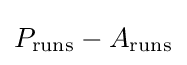
P_{\text{runs}}-A_{\text{runs}}